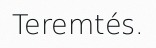
Teremtés.